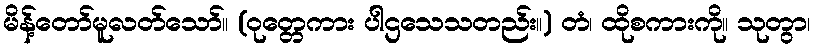
မိန့်တော်မူလတ်သော်။ (ဝုတ္တေကား ပါဌသေသတည်း။) တံ၊ ထိုစကားကို။ သုတွာ၊